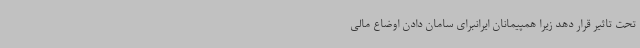
تحت تاثیر قرار دهد زیرا همپیمانان ایرانبرای سامان دادن اوضاع مالی